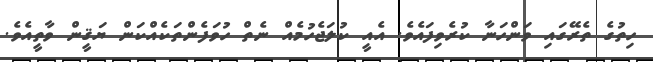
ހިތުގެ ތެރޭގައި ވަންހަނާ ކުރެވިފައެވެ. އެއީ ކުލަޖެހުމެއް ނެތް ހުވަފެންތަކެއްކަން ޔަޤީން ވާތީއެވެ.